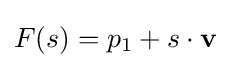
F(s)=p_{1}+s\cdot \mathbf {v}